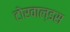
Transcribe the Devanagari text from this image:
टोरवाल्डस